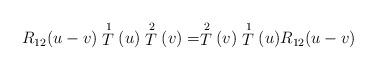
LaTeX: \begin{align*}R_{12}(u-v) \stackrel{1}{T}(u) \stackrel{2}{T}(v) =\stackrel{2}{T}(v) \stackrel{1}{T}(u) R_{12}(u-v)\end{align*}